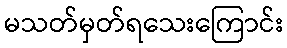
မသတ်မှတ်ရသေးကြောင်း